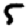
Digit: 5